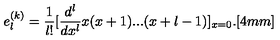
e _ { l } ^ { ( k ) } = \frac { 1 } { l ! } [ \frac { d ^ { l } } { d x ^ { l } } x ( x + 1 ) . . . ( x + l - 1 ) ] _ { x = 0 } . [ 4 m m ]